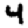
Digit: 4